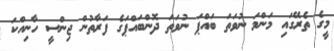
މީގެ ތެރޭގައި މަންމަ ނުވަތަ ބައްޕަ ނުވަތަ ދޮންބައްޕަގެ ފަރާތުން ޖިންސީ ހާނިއްކަ